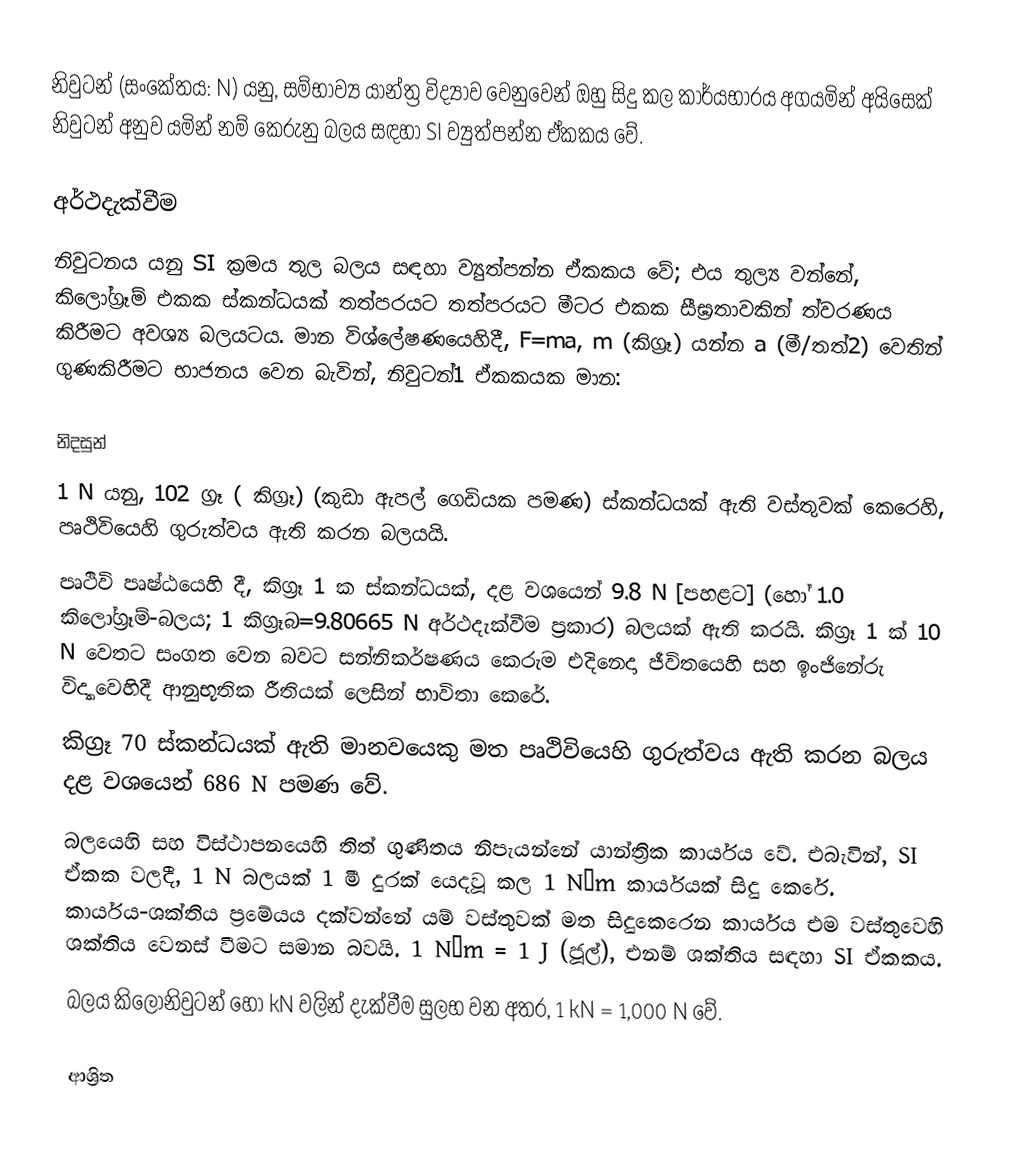
නිවුටන් (සංකේතය: N) යනු, සම්භාව්‍ය යාන්ත්‍ර විද්‍යාව වෙනුවෙන් ඔහු සිදු කල කාර්යභාරය අගයමින් අයිසෙක් නිවුටන් අනුව යමින් නම් කෙරුනු බලය සඳහා SI ව්‍යුත්පන්න ඒකකය වේ.

අර්ථදැක්වීම
නිවුටනය යනු SI ක්‍රමය තුල බලය සඳහා ව්‍යුත්පන්න ඒකකය වේ; එය තුල්‍ය වන්නේ, කිලෝග්‍රෑම් එකක ස්කන්ධයක් තත්පරයට තත්පරයට මීටර එකක සීඝ්‍රතාවකින් ත්වරණය කිරීමට අවශ්‍ය බලයටය. මාන විශ්ලේෂණයෙහිදී, F=ma, m (කිග්‍රෑ) යන්න a (මී/තත්2) වෙතින් ගුණකිරීමට භාජනය වෙන බැවින්, නිවුටන්1 ඒකකයක මාන:

නිදසුන්
 1 N යනු,   102 ග්‍රෑ ( කිග්‍රෑ) (කුඩා ඇපල් ගෙඩියක පමණ) ස්කන්ධයක් ඇති වස්තුවක් කෙරෙහි, පෘථිවියෙහි ගුරුත්වය ඇති කරන බලයයි.
 පෘථිවි පෘෂ්ඨයෙහි දී, කිග්‍රෑ  1 ක ස්කන්ධයක්,  දළ වශයෙන් 9.8 N [පහළට] (හෝ  1.0 කිලෝග්‍රෑම්-බලය; 1 කිග්‍රෑබ=9.80665 N අර්ථදැක්වීම ප්‍රකාර) බලයක් ඇති කරයි. කිග්‍රෑ  1 ක් 10 N වෙතට සංගත වෙන බවට සන්නිකර්ෂණය කෙරුම එදිනෙදා ජීවිතයෙහි සහ ඉංජිනේරු විද්‍යාවෙහිදී ආනුභූතික රීතියක් ලෙසින් භාවිතා කෙරේ.
 ‍කිග්‍රෑ  70 ස්කන්ධයක් ඇති මානවයෙකු මත පෘථිවියෙහි ගුරුත්වය ඇති කරන බලය දළ වශයෙන්  686 N පමණ වේ.
 බලයෙහි සහ විස්ථාපනයෙහි  තිත් ගුණිතය නිපැයන්නේ යාන්ත්‍රික කාර්යය වේ. එබැවින්, SI ඒකක වලදී, 1 N බලයක් 1 මී දුරක් යෙදවූ කල  1 N•m කාර්යයක් සිදු කෙරේ.  කාර්යය-ශක්තිය ප්‍රමේයය දක්වන්නේ යම් වස්තුවක් මත සිදුකෙරෙන කාර්යය එම වස්තුවෙහි ශක්තිය වෙනස් වීමට සමාන බවයි. 1 N•m = 1 J (ජූල්), එනම් ශක්තිය සඳහා  SI ඒකකය.
 බලය කිලෝනිවුටන් හෝ  kN වලින් දැක්වීම සුලභ වන අතර, 1 kN = 1,000 N වේ.

ආශ්‍රිත